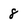
Character: 8